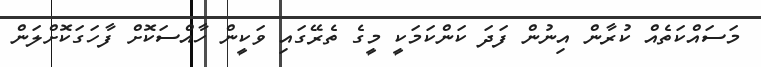
މަސައްކަތެއް ކުރާން އިނުން ފަދަ ކަންކަމަކީ މީގެ ތެރޭގައި ވަކީން ހާއްސަކޮށް ފާހަގަކޮށްލަން